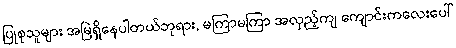
ပြုစုသူများ အမြဲရှိနေပါတယ်ဘုရား, မကြာမကြာ အလှည့်ကျ ကျောင်းကလေးပေါ်